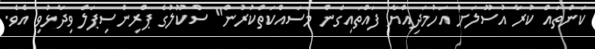
ކަންތައް ކުރާ އުސޫލަށް އަހުމަދިއްޔާ ފައްތައިގެން މަސައްކަތްކުރުން" ސްކޫލުގެ ޕްރިންސިޕަލް ވިދާޅުވި އެވެ.